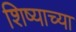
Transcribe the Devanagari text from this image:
शिष्याच्या